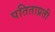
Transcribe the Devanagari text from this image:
पतिताप्रती